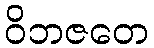
ဝိဘဇတေ